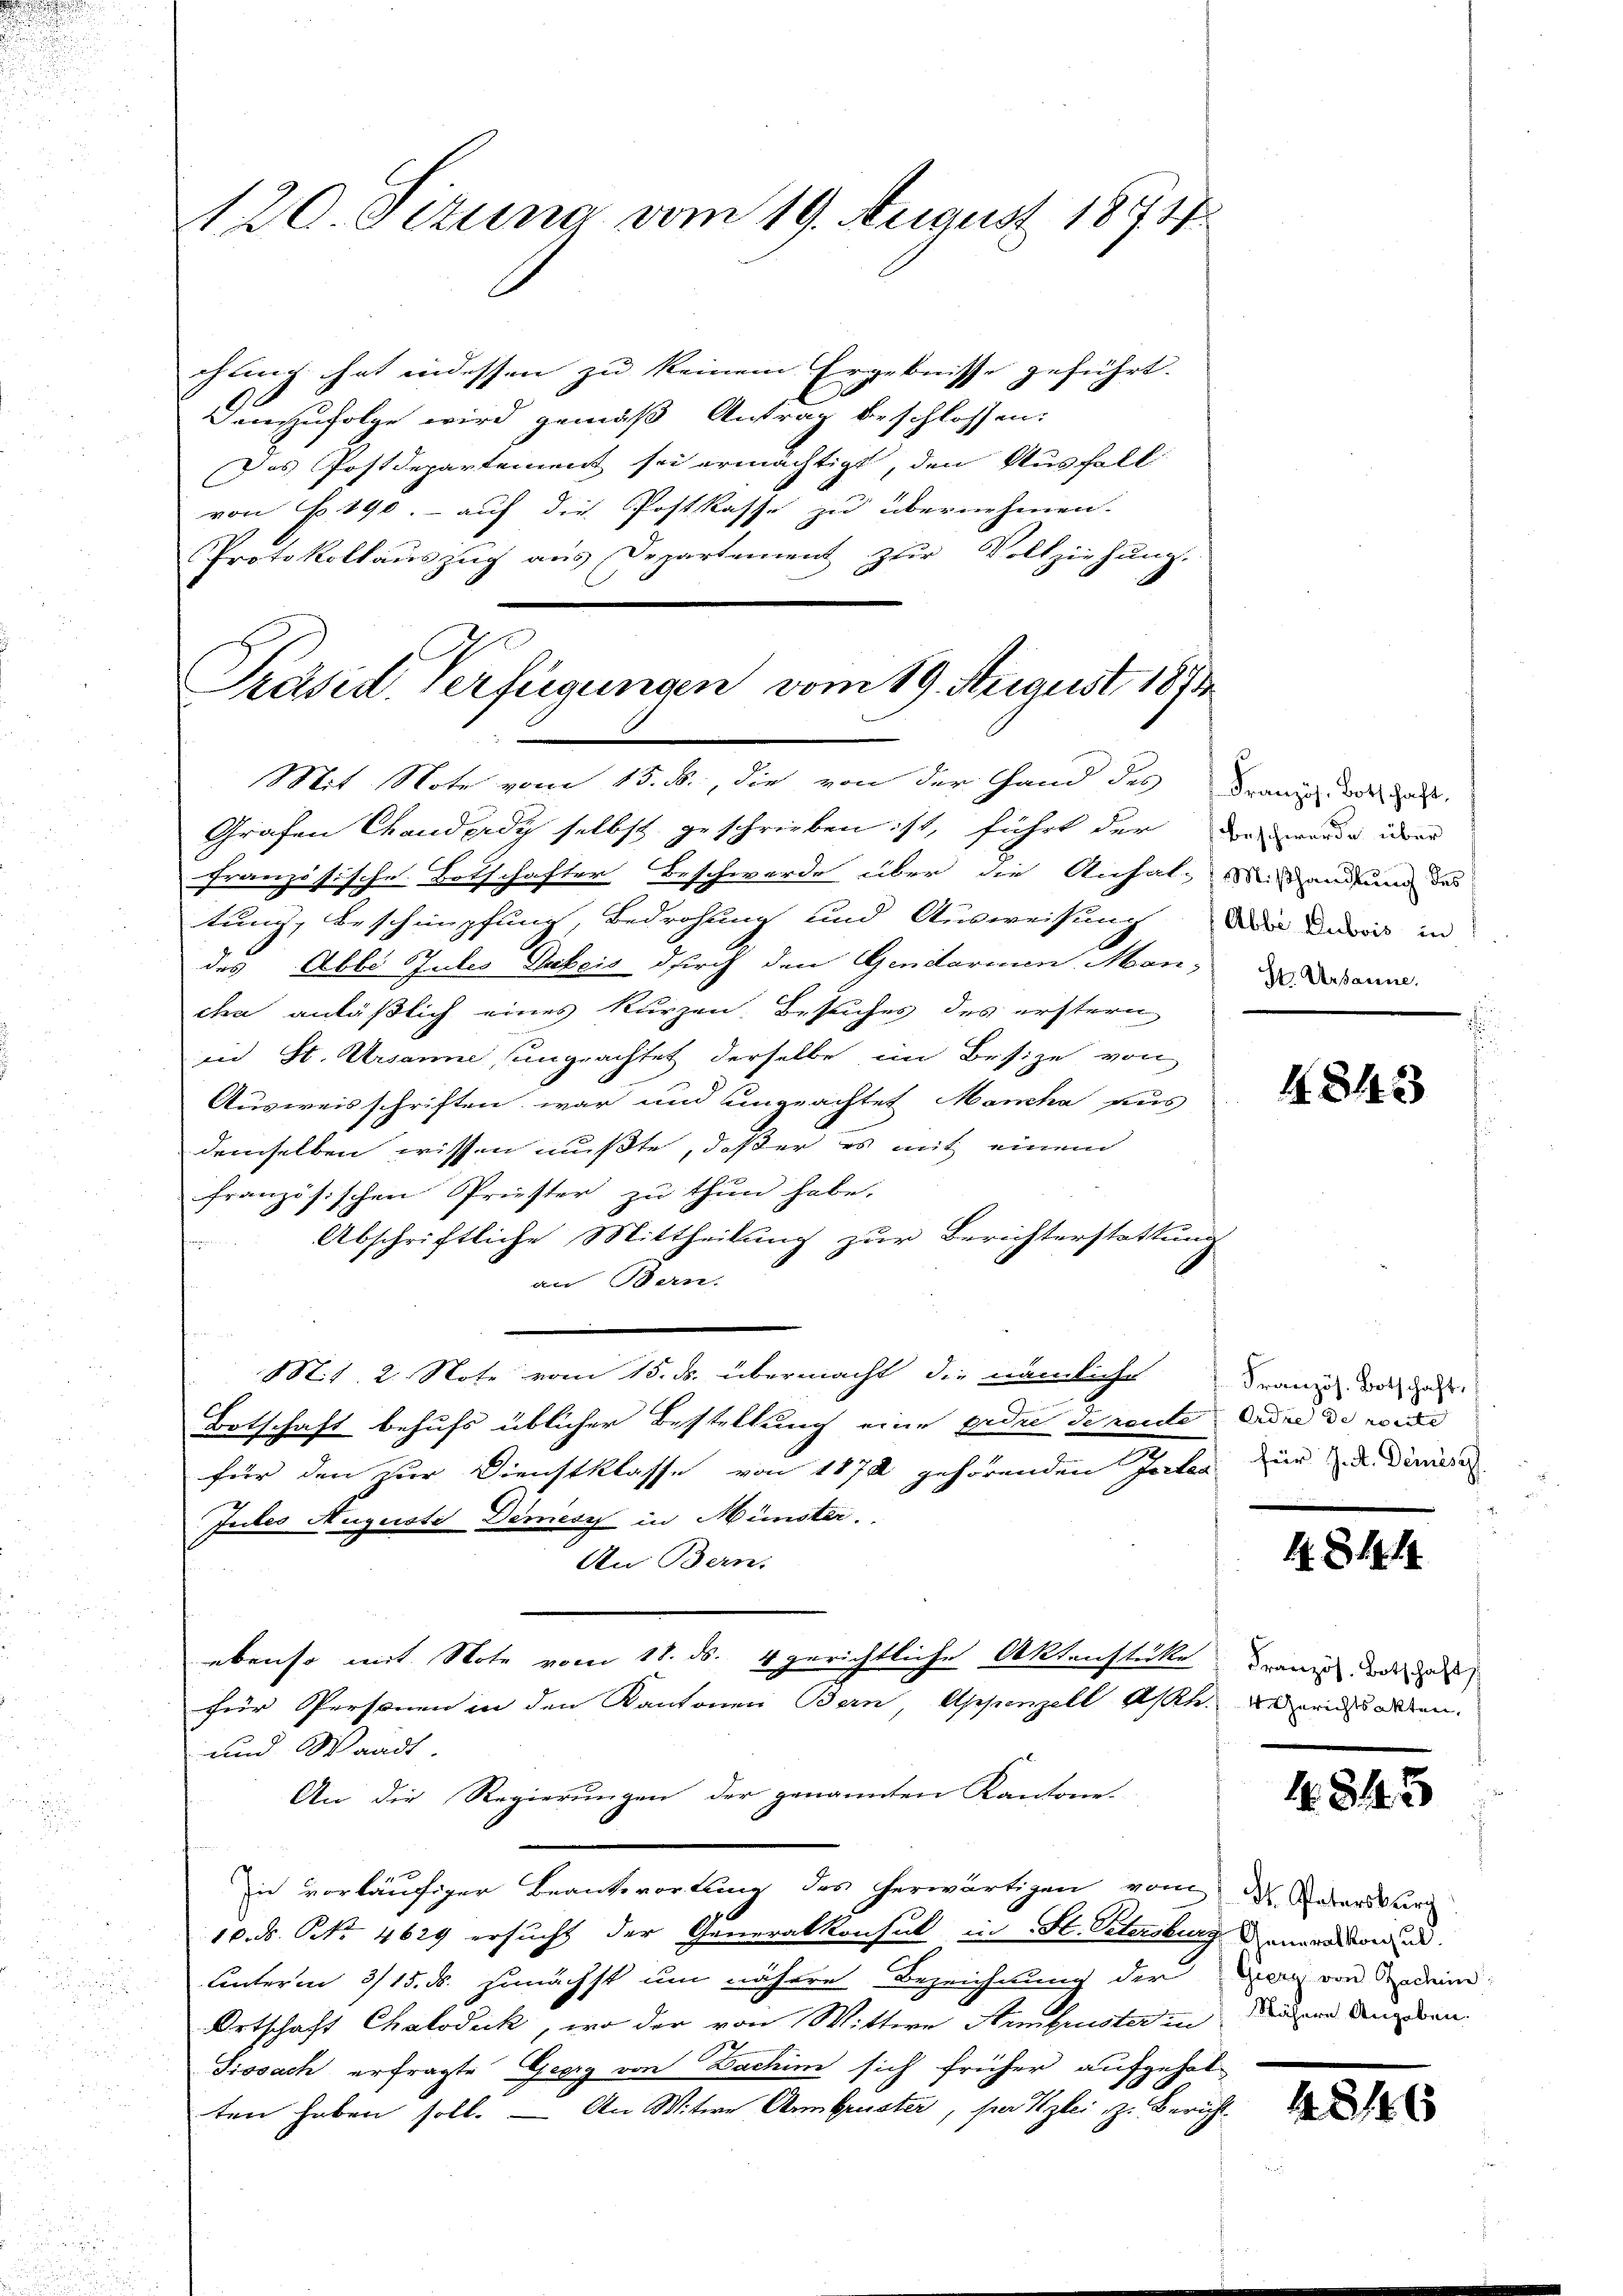
1120. Octung vom 19. August 1873.

chung hat indessen zu keinem Ergebnisse geführt.
Demzufolge wird gemäß Antrag beschlossen.
Das Postdepartement sei ermächtigt, den Aushalt
von P. 190. - auf die Postkasse zu übernehmen.
Protokollauszug aus Departement zur Vollziehung.

Präsid. Verfügungen vom 19. August 1873
Mit Note vom 15. d., die von der Hand des Franz des Jah

Grafen Chanderdy selbst geschrieben ist, führt der den werde ihrer
französische Botschafter Beschwerde über die Anhaltendung des
tung, Beschnüpfung, Bedrohung und Ausweisung die darin in
des Abbe Sules Tibeis durch den Gendarium. Man, den Badann
cha anläßlich eines kurzen. Besuches des erstern
in St. Ursanne, ungeachtet derselbe im Besize von
Ausweisschriften war und ungeachtet Manche aus
demselben wissen mußte, daß er es mit einem
französischen Prüster zu thun habe.
Abschriftliche Mittheilung zur Berichterstattung
an Bern.
Mit. 2. Note vom 15. ds. übermacht die nämliche Franz die al
Botschaft behufs üblicher Bestellung eine Erde de rente Eidee de neide
e
für den zur Dienstklasse von 1872 gehörenden Jesten und diese
Jules Auguste Dimesz in Münster.
An Bern.
ebenso mit Note vom 18. ds. 4 gerichtliche Aktenstücke renis der
für Personen in den Kantonen Bern, Appenzell A/Rh. ich alten.
und Waadt.
An die Regierungen der genannten Kantone.
in vorläufiger Beantwortung des herwärtigen vom 2. Robers der
10. ds. No. 4629 ersucht der Generalkonsul in St. Petersburg anwendun
Unterm 315. ds. zunächst um nähere Bezeichnung der Dann von Gedei
Ortschaft Chalodick, wo der von Wittwe Himbuster in dieser Angebau
Fissach erfragte Georg von Dachim sich früher aufgehol
ten haben soll. — An Witwe Armbruster, par Kzlei zu Bericht

4843

1.8.4.19

1.845